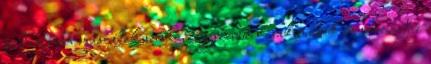
pedig nem másoltak senki, egyszerűen csak mások új sorozatai